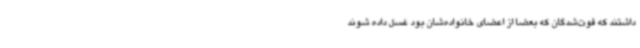
داشتند که فوت‌شدگان که بعضا از اعضای خانواده‌شان بود غسل داده شوند